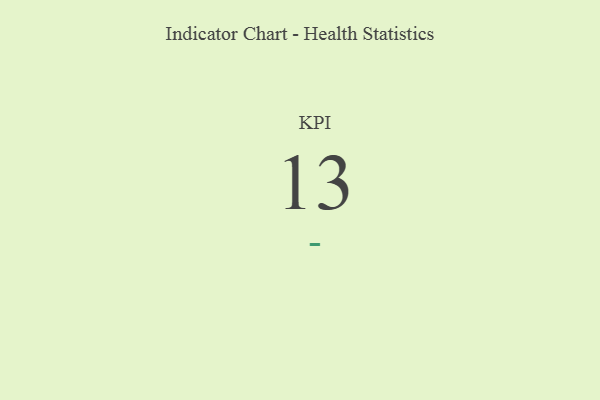
{"axis": {"x": "KPI", "y": "Value"}, "legend": [""], "data": [{"x": "KPI", "y": 13, "type": ""}]}